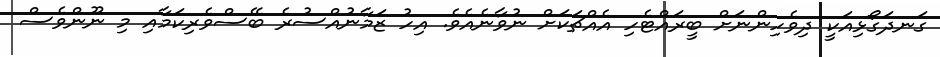
ގަނދަގޯޅިއަކީ ދިވެހިންނަށް ބީރައްޓެހި އެއްޗަކަށް ނުވާނެއެވެ. އިހު ޒަމާނުއްސުރެ ބޭސްވެރިކަމާއި މި ނޫންވެސް